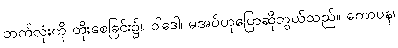
ဘက်လုံးကို တိုးစေခြင်း၌။ ဝါဒေါ၊ မအပ်ဟုပြောဆိုဘွယ်သည်။ ကောပန၊